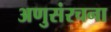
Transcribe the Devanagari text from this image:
अणुसंरचना